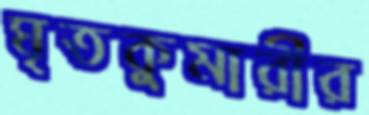
ঘৃতকুমারীর